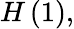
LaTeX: H\left(1\right),